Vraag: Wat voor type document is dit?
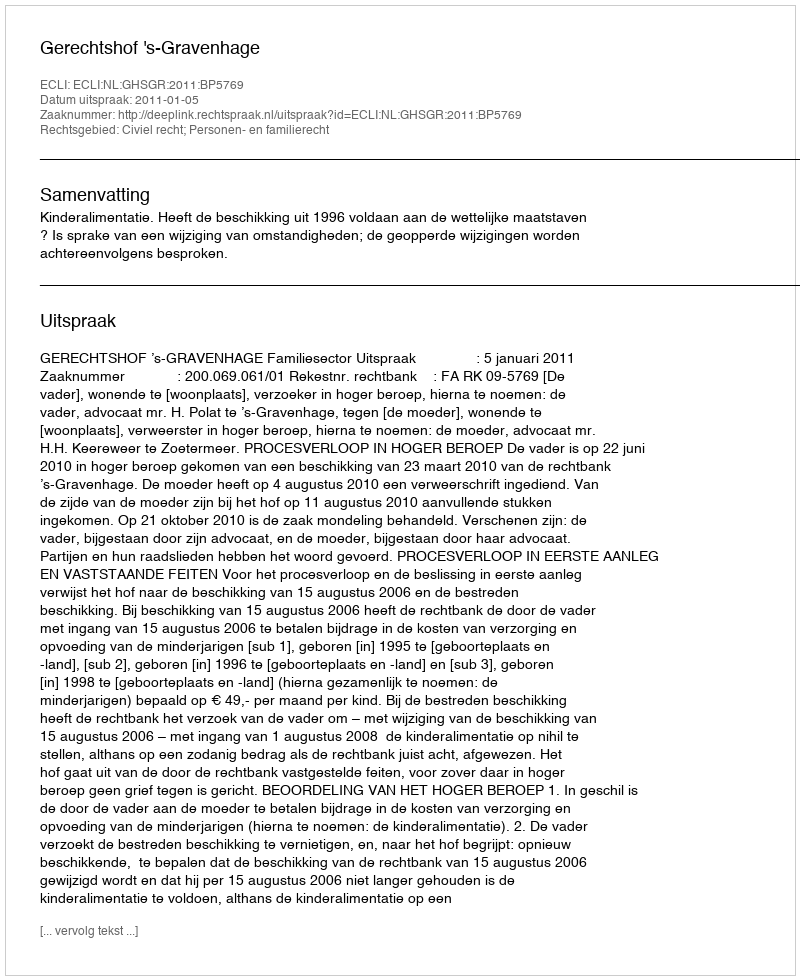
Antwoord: Uitspraak